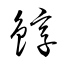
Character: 錞